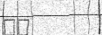
٧٤